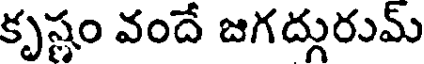
కృష్ణం వందే జగద్గురుమ్